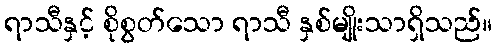
ရာသီနှင့် စိုစွတ်သော ရာသီ နှစ်မျိုးသာရှိသည်။